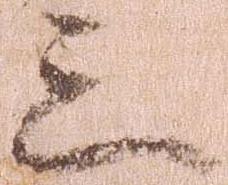
三